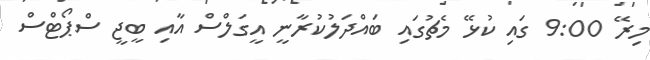
މިރޭ 9:00 ގައި ކުޅޭ މެޗުގައި ބައްދަލުކުރާނީ އީގަލްސް އާއި ބީޖީ ސްޕޯޓްސް